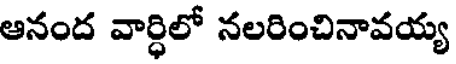
ఆనంద వార్ధిలో నలరించినావయ్య